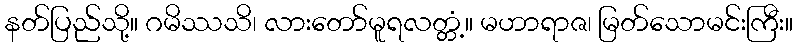
နတ်ပြည်သို့။ ဂမိဿသိ၊ လားတော်မူရလတ္တံ့။ မဟာရာဇ၊ မြတ်သောမင်းကြီး။